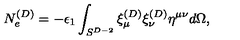
N _ { e } ^ { ( D ) } = - \epsilon _ { 1 } \int _ { S ^ { D - 2 } } \xi _ { \mu } ^ { ( D ) } \xi _ { \nu } ^ { ( D ) } \eta ^ { \mu \nu } d \Omega ,